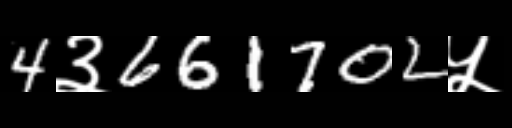
Text: 4३661702५